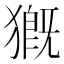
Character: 𤡚